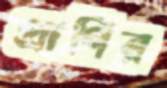
প্রাণির